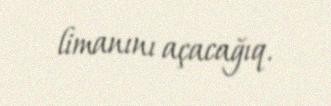
limanını açacağıq.